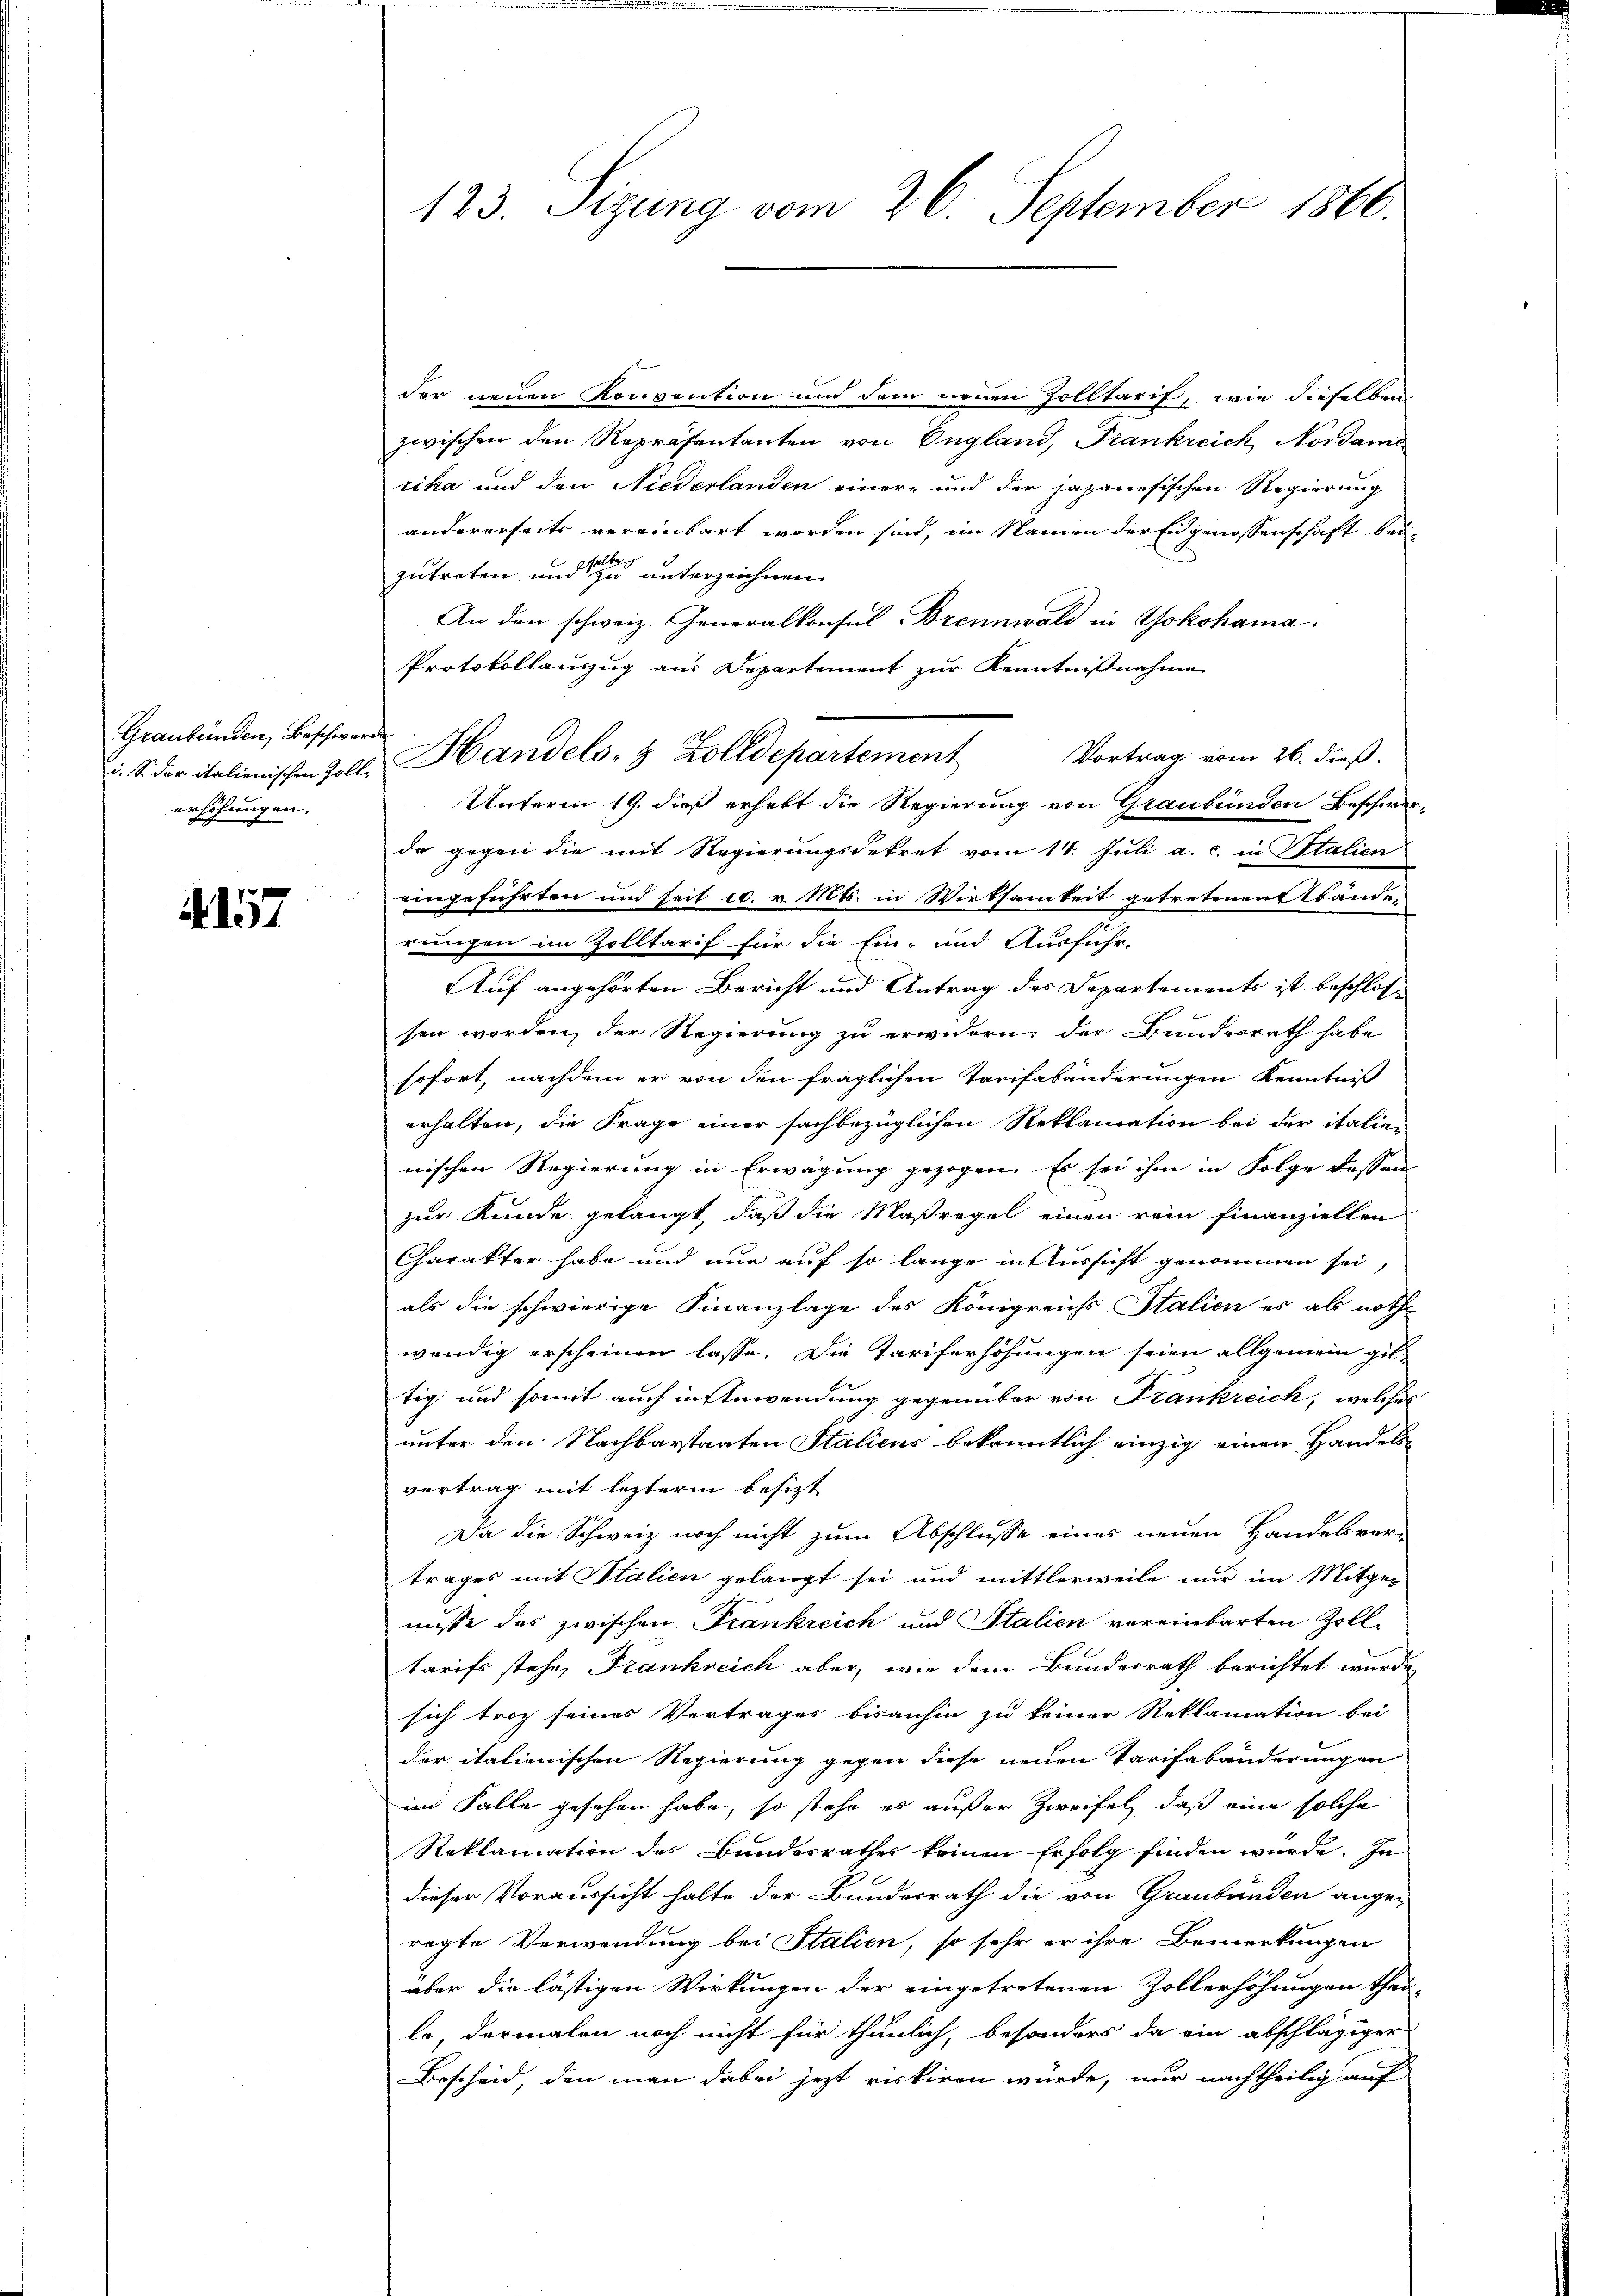
Graubünden, Beschwerde
erhöhungen.

. 157

der neuen Konvention und dem neuen Zolltarif, wie dieselben
zwischen den Repräsentanten von England, Frankreich, Nordame
rika und den Niederlanden einer und der japanesischen Regierung
andererseits vereinbart worden sind, im Namen der Eidgenossenschaft bei-
zutreten und zu unterzeichnen.
An den schweiz. Generalkonsul Brennwald in Yokohama
Protokollauszug aus Departement zur Kenntnißnahme
Unterm 19. dieß erhebt die Regierung von Graubünden Beschwer-
de gegen die mit Regierungsdekret vom 14. Juli a. c. in Italien
ungeführten und seit 10. v. Mts. in Wirksamkeit getretenen anden
rungen im Zolltarif für die Ein- und Ausfuhr-
Auf angehörten Bericht und Antrag des Departements ist beschlos
sen worden, der Regierung zu erwidern; der Bundesrath habe
sofort, nachdem er von den fraglichen Tarifabänderungen Kenntniß
erhalten, die Frage einer sachbezüglichen Reklamation bei der italie-
nischen Regierung in Erwägung gezogen. Es sei ihm in Folge dessen
zur Kunde gelangt, daß die Maßregel einen rein finanziellen
Charakter habe und nur auf so lange in Aussicht genommen sei,
als die schwierige Finanzlage des Königreichs Italien es als noth
wendig erscheinen lasse. Die Tariferhöhungen seien allgemein gil-
tig und somit auch in Anwendung gegenüber von Frankreich, welches
unter den Nachbarstaaten Stalicus bekanntlich einzig einen Handels-
vertrag mit lezterm besizt
Da die Schweiz noch nicht zum Abschlusse eines neuen Handelsver-
trages mit Italien gelangt sei und mittlerweile nur im Mitger
nüsse das zwischen Frankreich und Stalien vereinbarten Zoll-
tarifs stehe, Frankreich aber, wie dem Bundesrath berichtet wurde
sich troz seines Vertrages bisanhin zu keiner Reklamation bei
der italienischen Regierung gegen diese neuen Tarifabänderungen
im Falle gesehen habe, so stehe es außer Zweifel, daß eine solche
Reklamation des Bundesrathes keinen Erfolg finden wurde. In
dieser Voraussicht halte der Bundesrath die von Graubünden ange-
regte Verwendung bei Stalien, so sehr er ihre Bemerkungen
über die lästigen Wirkungen der eingetretenen Zollerhöhungen thei-
le; dermalen noch nicht für thunlich, besonders da ein abschlägiger
Bescheid, den man dabei jetzt riskiren würde, nur nachtheilig auf

123. Sizung vom 26. September 1866.

u. S. der italienischen Zoll Handels- & Zolldepartement Vortrag vom 26. dieβ.